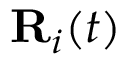
{ \bf R } _ { i } ( t )